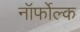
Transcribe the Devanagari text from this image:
नॉर्फोल्क